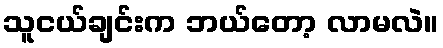
သူငယ်ချင်းက ဘယ်တော့ လာမလဲ။